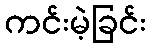
ကင်းမဲ့ခြင်း